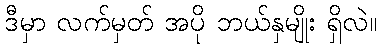
ဒီမှာ လက်မှတ် အပို ဘယ်နှမျိုး ရှိလဲ။